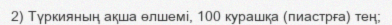
2) Түркияның ақша өлшемі, 100 курашқа (пиастрға) тең;